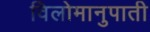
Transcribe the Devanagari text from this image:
विलोमानुपाती